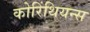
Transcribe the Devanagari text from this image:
कोरिंथियन्स